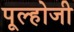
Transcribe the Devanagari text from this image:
पूल्होजी